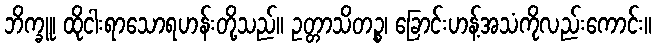
ဘိက္ခူ၊ ထိုငါးရာသောရဟန်းတို့သည်။ ဥတ္တာသိတဉ္စ၊ ခြောင်းဟန့်အသံကိုလည်းကောင်း။